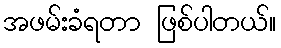
အဖမ်းခံရတာ ဖြစ်ပါတယ်။